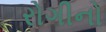
રોગીનો